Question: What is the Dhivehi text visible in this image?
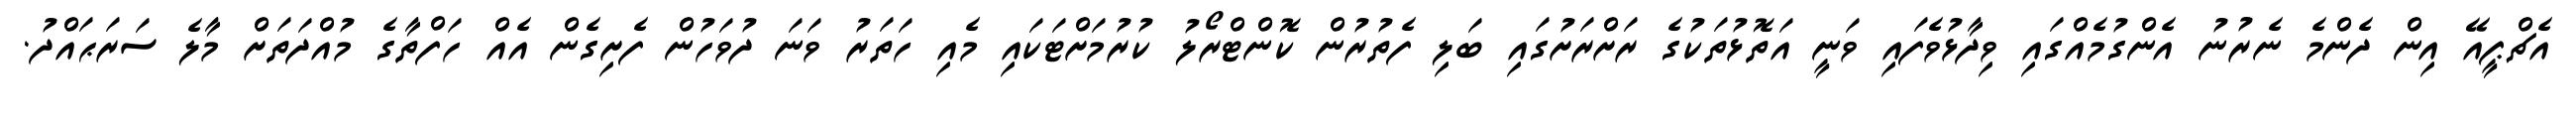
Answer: އެޗްޕީއޭ އިން ދެންމެ ނެރުނު އެންގުމެއްގައި ވިދާޅުވެފައި ވަނީ އަތޮޅުތަކުގެ ރަށްރަށުގައި ބަލި ފެތުރުން ކޮންޓްރޯލު ކުރުމަށްޓަކައި މެއި ހަތަރު ވަނަ ދުވަހުން ފެށިގެން އެއް ހަފްތާގެ މުއްދަތަށް މާލެ ސަރަޙައްދު.